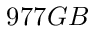
9 7 7 G B